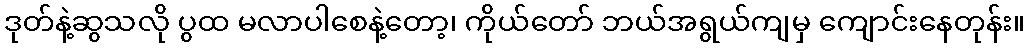
ဒုတ်နဲ့ဆွသလို ပွထ မလာပါစေနဲ့တော့၊ ကိုယ်တော် ဘယ်အရွယ်ကျမှ ကျောင်းနေတုန်း။